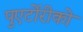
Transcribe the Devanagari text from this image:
पुएर्टोरीको